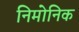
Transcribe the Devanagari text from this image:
निमोनिक